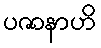
ပဇာနာဟိ